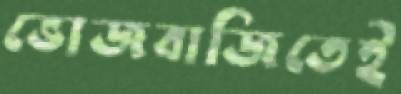
ভোজবাজিতেই